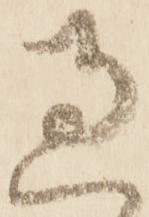
過